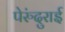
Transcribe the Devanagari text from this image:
पेरुंदुराई